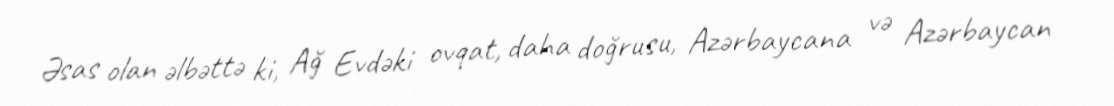
Əsas olan əlbəttə ki, Ağ Evdəki ovqat, daha doğrusu, Azərbaycana və Azərbaycan